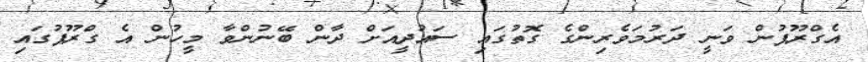
އެގްރޫޕުން ވަނީ ދަރުމަވެރިންގެ ގޮތުގައި ސައުދީއަށް ދާން ބޭނުންވާ މީހުން އެ ގްރޫޕުގައި